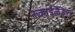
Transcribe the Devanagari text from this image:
स्‍काईलैंड्स